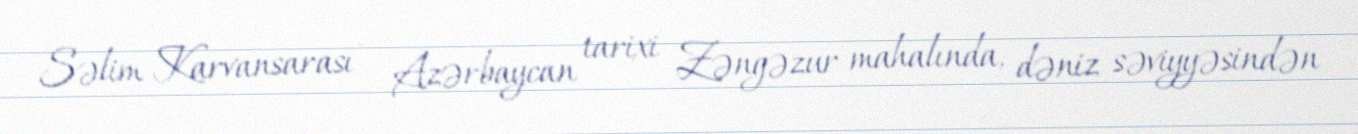
Səlim Karvansarası – Azərbaycan tarixi Zəngəzur mahalında, dəniz səviyyəsindən